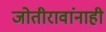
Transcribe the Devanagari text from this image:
जोतीरावांनाही